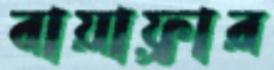
বায়াফ্রার